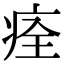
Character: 痊